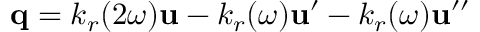
\boldsymbol { \mathbf { q } } = k _ { r } ( 2 \omega ) \boldsymbol { \mathbf { u } } - k _ { r } ( \omega ) \boldsymbol { \mathbf { u } } ^ { \prime } - k _ { r } ( \omega ) \boldsymbol { \mathbf { u } } ^ { \prime \prime }